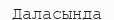
Даласында